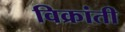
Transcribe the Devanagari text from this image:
विक्रांती